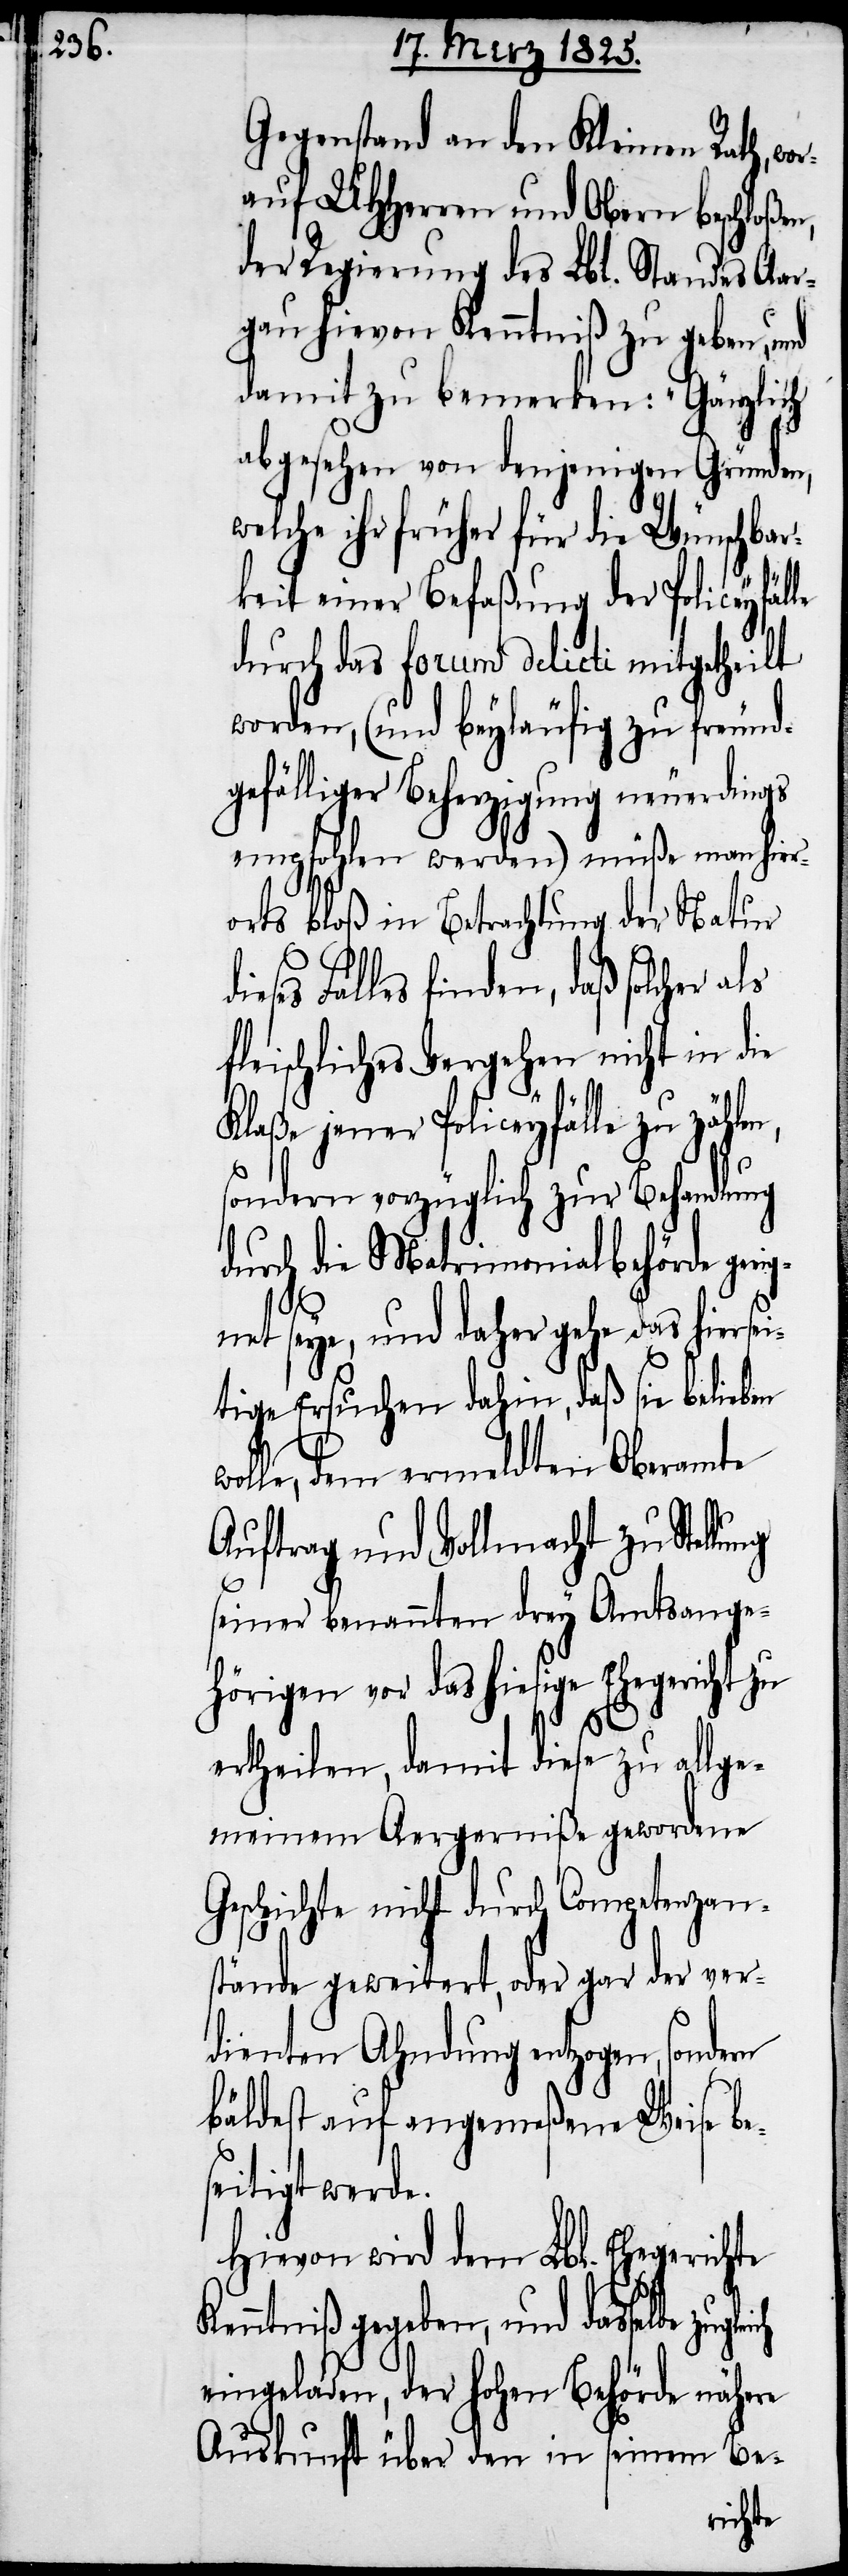
Gegenstand an den Kleinen Rath, wo¬
rauf UHHerren und Obern beschloßen,
der Regierung des Lbl. Standes Aar¬
gau hievon Kenntniß zu geben, und
damit zu bemerken: „Gänzlich
abgesehen von denjenigen Gründen,
welche ihr früher für die Wünschbar¬
keit einer Befaßung der Policeyfäl¬
durch das forum delicti mitgetheilt
worden, (und beyläufig zu freund¬
gefälliger Beherzigung neuerdings
empfohlen werden ) müße man hier¬
orts bloß in Betrachtung der Natur
eses Falles finden, daß solcher
fleischliches Vergehen nicht in die
Klaße jener Policeyfälle zu
sondern vorzüglich zur Behandlung
durch die Matrimonialbehörde geei¬
gnet seye, und daher gehe das hiersei¬
tige Ersuchen dahin, daß sie belieben
wolle, dem ermeldten Oberamte
Auftrag und Vollmacht zu Stellu¬
seiner benannten drey Amtsange¬
hörigen vor das hiesige Ehegericht zu
ng
ertheilen, damit diese zu allge¬
meinem Aergerniße gewordene
Geschichte nicht durch Competenzan¬
stände geweitert, oder gar der ver¬
dienten Ahndung entzogen, sondern
bäldest auf angemeßene Weise be¬
seitigt werde.
Hievon wird dem Lbl. Ehegerichte
Kenntniß gegeben, und dasselbe
eingeladen, der hohen Behörde nähere
Auskunft über den in seinem Be-